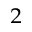
_ 2